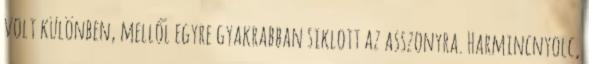
volt különben, mellől egyre gyakrabban siklott az asszonyra. Harmincnyolc,